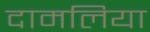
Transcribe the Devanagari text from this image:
दामलिया